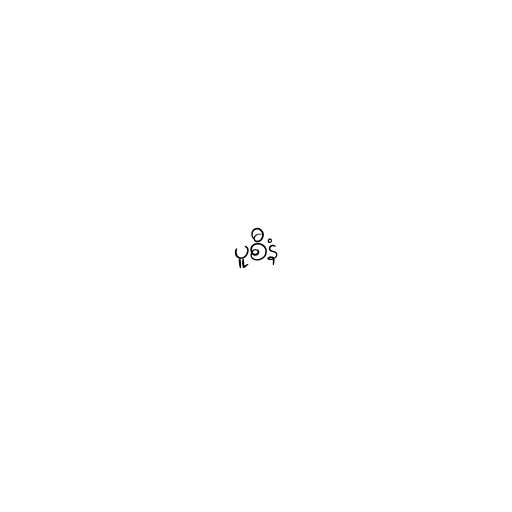
ပူစီနံ